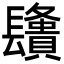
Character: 𨲿